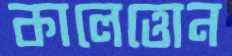
কালেত্তোন